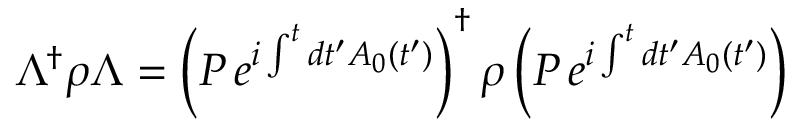
\Lambda ^ { \dagger } \rho \Lambda = \left( P \, e ^ { i \int ^ { t } d t ^ { \prime } A _ { 0 } ( t ^ { \prime } ) } \right) ^ { \dagger } \rho \left( P \, e ^ { i \int ^ { t } d t ^ { \prime } A _ { 0 } ( t ^ { \prime } ) } \right)